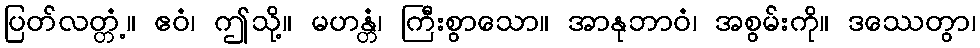
ပြတ်လတ္တံ့။ ဧဝံ၊ ဤသို့။ မဟန္တံ၊ ကြီးစွာသော။ အာနုဘာဝံ၊ အစွမ်းကို။ ဒဿေတွာ၊